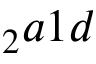
_ 2 a 1 d